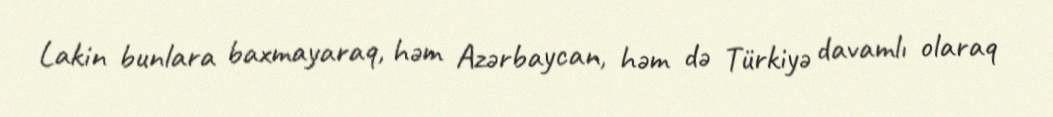
Lakin bunlara baxmayaraq, həm Azərbaycan, həm də Türkiyə davamlı olaraq